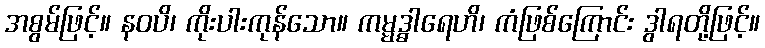
အစွမ်ဖြင့်။ နဝပိ၊ ကိုးပါးကုန်သော။ ကမ္မဒ္ဓါရေဟိ၊ ကံဖြစ်ကြောင်း ဒွါရတို့ဖြင့်။